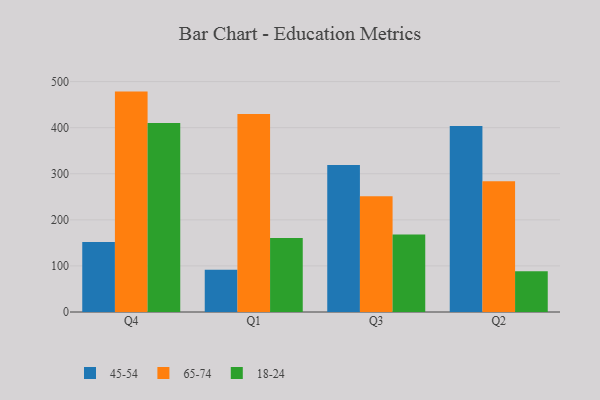
{"axis": {"x": "Quarter", "y": "Inventory Turnover"}, "legend": ["18-24", "45-54", "65-74"], "data": [{"x": "Q4", "y": 151.9, "type": "45-54"}, {"x": "Q4", "y": 478.3, "type": "65-74"}, {"x": "Q4", "y": 410.3, "type": "18-24"}, {"x": "Q1", "y": 91.8, "type": "45-54"}, {"x": "Q1", "y": 429.8, "type": "65-74"}, {"x": "Q1", "y": 160.8, "type": "18-24"}, {"x": "Q3", "y": 319.2, "type": "45-54"}, {"x": "Q3", "y": 251.3, "type": "65-74"}, {"x": "Q3", "y": 168.2, "type": "18-24"}, {"x": "Q2", "y": 403.8, "type": "45-54"}, {"x": "Q2", "y": 283.8, "type": "65-74"}, {"x": "Q2", "y": 88.4, "type": "18-24"}]}